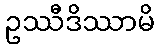
ဥဿီဒိဿာမိ